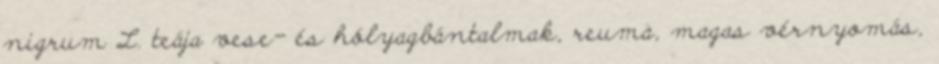
nigrum L. teája vese- és hólyagbántalmak, reuma, magas vérnyomás,